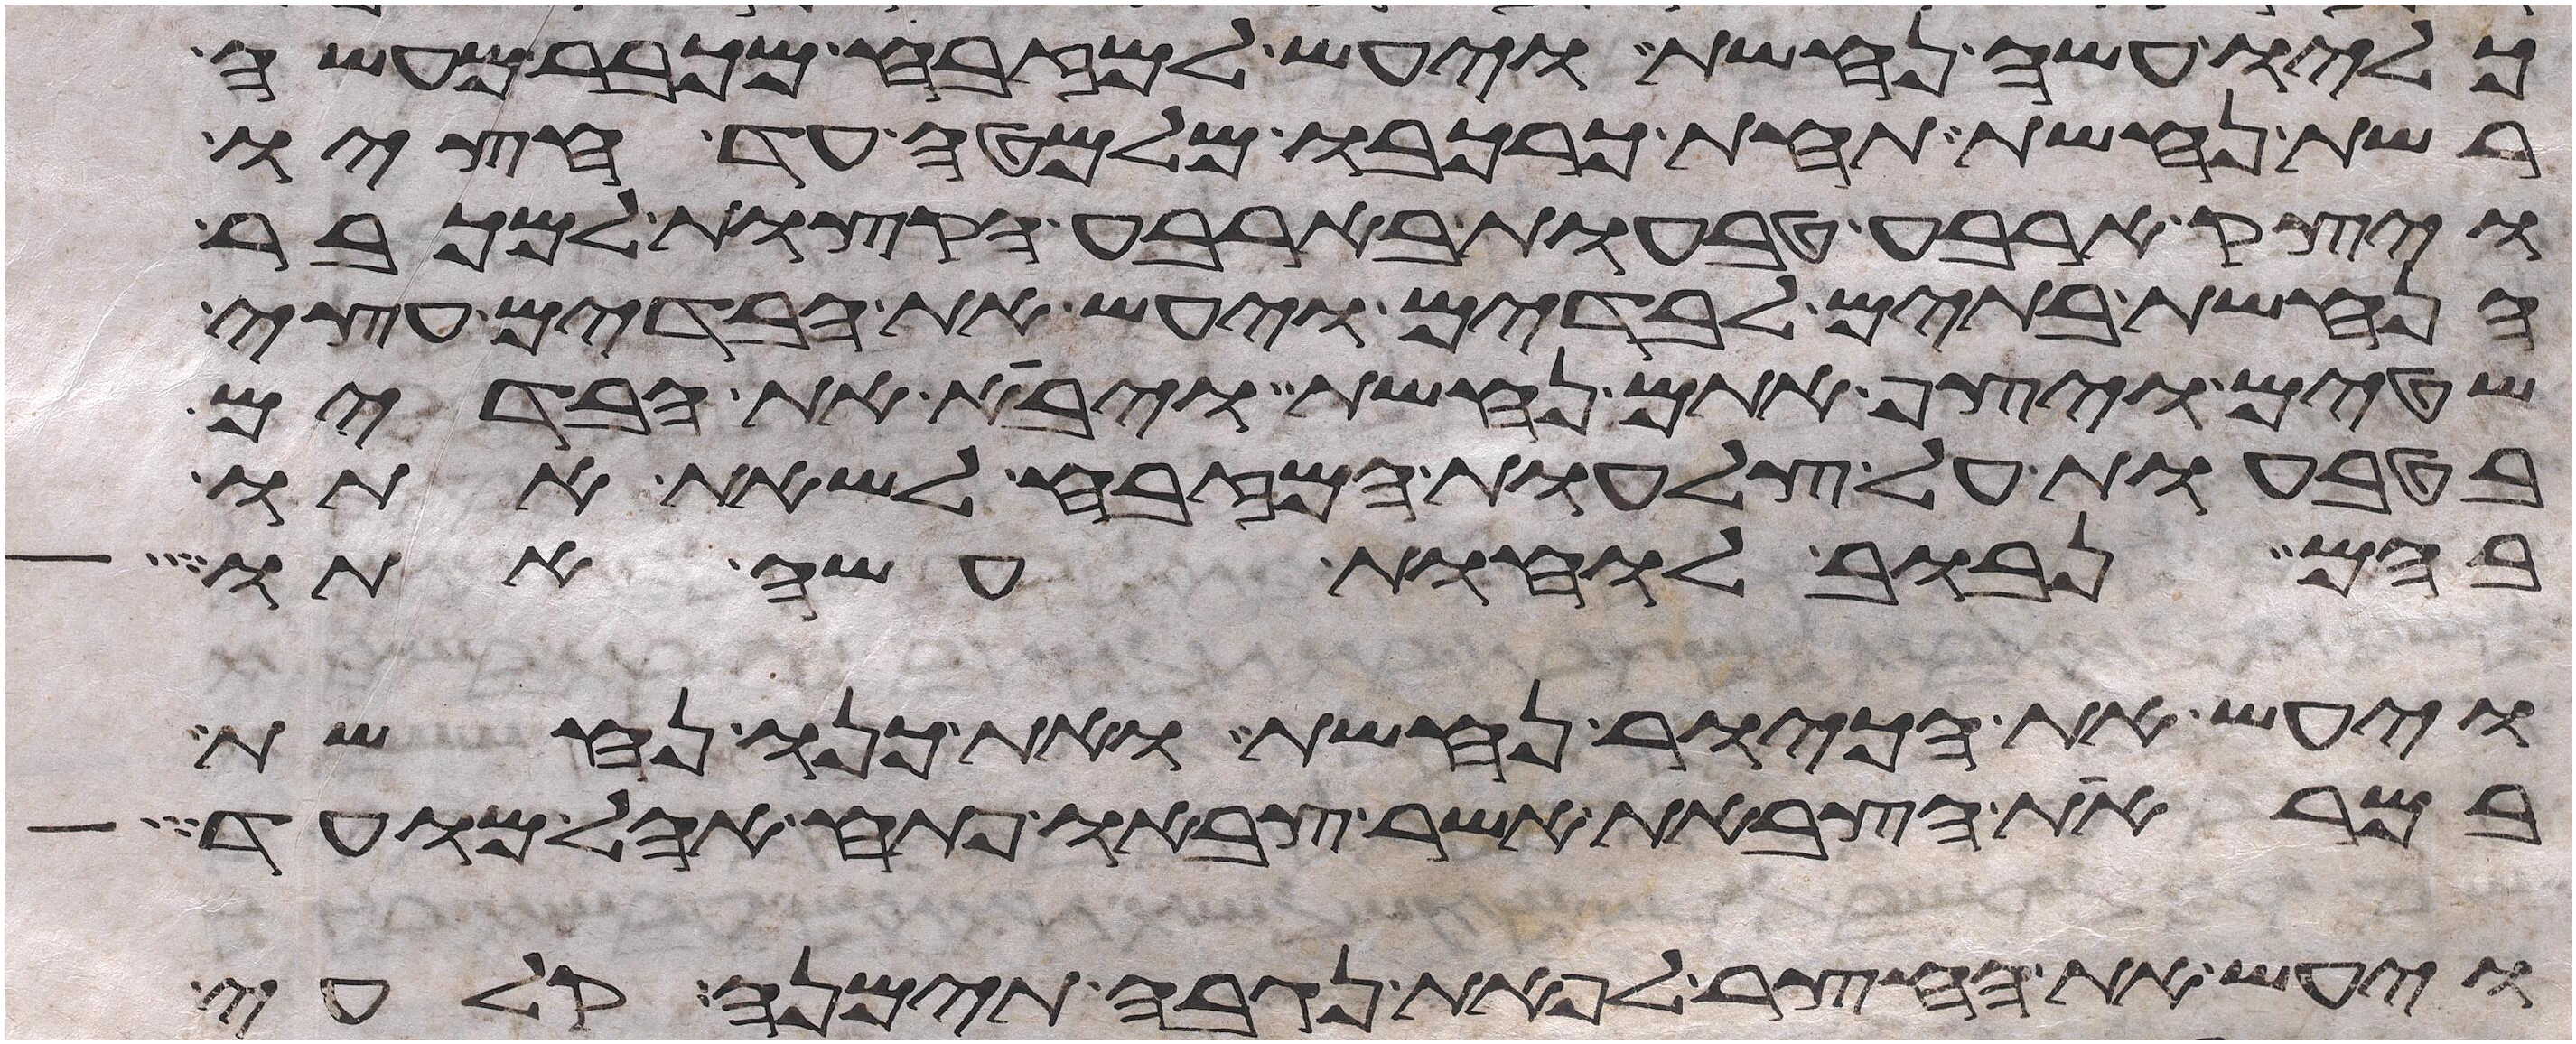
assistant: כליו עשה נחשת ויעש למזבח מכבר מעשה
רשת נחשת תחת כרכבו מלמטה עד חציו
ויצק ארבע טבעות בארבע הקצות למכבר
הנחשת בתים לבדים ויעש את הבדים עצי
שטים ויצף אתם נחשת ויבא את הבדים
בטבעות על צלעות המזבח לשאת אתו
בהם נבוב לוחת עשה אתו
ויעש את הכיור נחשת ואת כנו נחשת
במראות הצבאות אשר צבאו פתח אהל מועד
ויעש את החצר לפאת נגבה תימנה קלעי